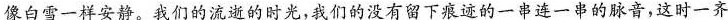
像白雪一样安静。我们的流逝的时光，我们的没有留下痕迹的一串连一串的脉音，这时一齐